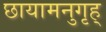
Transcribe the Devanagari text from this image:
छायामनुगृह्